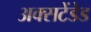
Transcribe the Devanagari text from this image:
अक्सटेंडेड